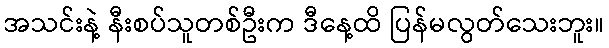
အသင်းနဲ့ နီးစပ်သူတစ်ဦးက ဒီနေ့ထိ ပြန်မလွတ်သေးဘူး။